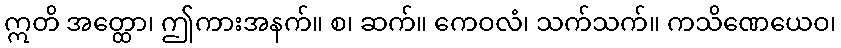
ဣတိ အတ္ထော၊ ဤကားအနက်။ စ၊ ဆက်။ ကေဝလံ၊ သက်သက်။ ကသိဏေယေဝ၊